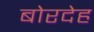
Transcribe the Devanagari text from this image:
बोरदेह